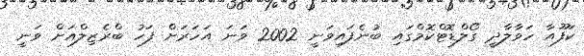
ކަފޫއާ ހަވާލާދީ ގޯލްޑޮޓްކޮމްގައި ބުނެފައިވަނީ 2002 ވަނަ އަހަރަށް ފަހު ބްރެޒިލްއަށް ވަނީ